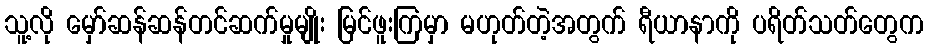
သူ့လို မှော်ဆန်ဆန်တင်ဆက်မှုမျိုး မြင်ဖူးကြမှာ မဟုတ်တဲ့အတွက် ရီယာနာကို ပရိတ်သတ်တွေက